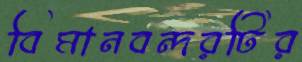
বিমানবন্দরটির